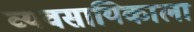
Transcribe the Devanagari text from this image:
व्यवसायिकाला